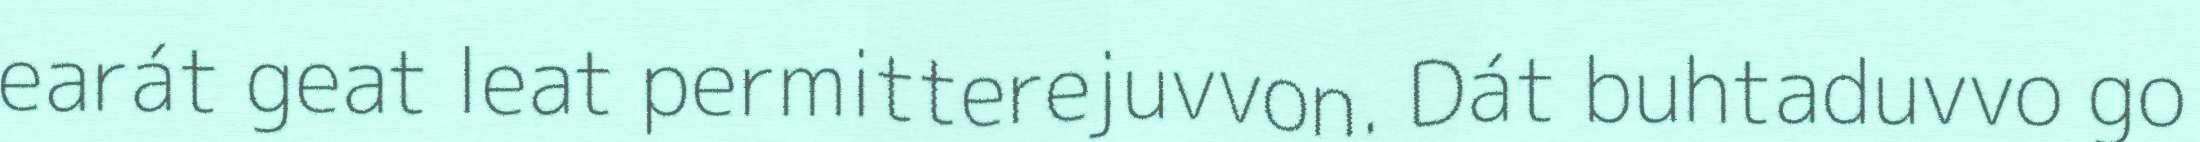
earát geat leat permitterejuvvon. Dát buhtaduvvo go